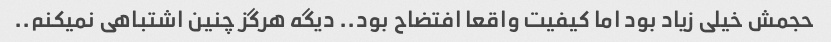
حجمش خیلی زیاد بود اما کیفیت واقعا افتضاح بود.. دیگه هرگز چنین اشتباهی نمیکنم..